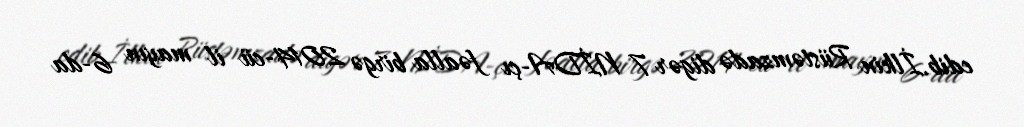
edib.İlkin Rüstəmzadə digər 7 NİDA-çı fəalla birgə 2014-cü il mayın 6-da